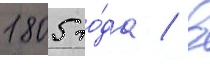
1805 го́да / в